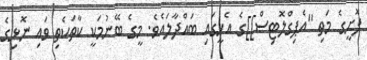
ފޮށީގެ މަތި ''އެޕިގްލޮޓިސް]]ގެ އެހީގައި ބައްދާލައެވެ. މީގެ ބޭނުމަކީ ކާތަކެތި ވައި ނޮޅިގެ